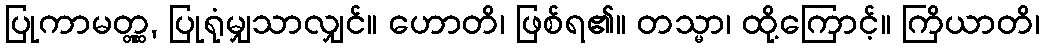
ပြုကာမတ္တ္ထ, ပြုရုံမျှသာလျှင်။ ဟောတိ၊ ဖြစ်ရ၏။ တသ္မာ၊ ထို့ကြောင့်။ ကြိယာတိ၊